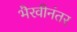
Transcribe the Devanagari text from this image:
भैरवीनंतर